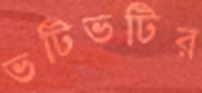
ভটিভটির